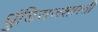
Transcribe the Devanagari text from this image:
धुंडिराजशास्त्री